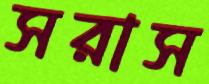
সরাস